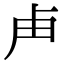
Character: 𭅰